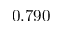
0 . 7 9 0